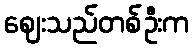
ဈေးသည်တစ်ဦးက